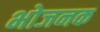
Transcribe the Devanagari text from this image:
भोजनक